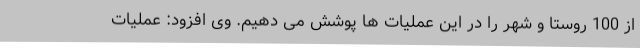
از 100 روستا و شهر را در این عملیات ها پوشش می دهیم. وی افزود: عملیات